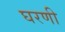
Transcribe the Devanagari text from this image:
घरणी